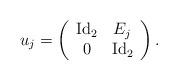
LaTeX: \begin{align*} u_j = \left(\begin{array}{cc} \mathrm{Id}_2 & E_j \\ 0 & \mathrm{Id}_2\end{array}\right). \end{align*}